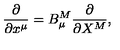
\frac { \partial } { \partial x ^ { \mu } } = B _ { \mu } ^ { M } \frac { \partial } { \partial X ^ { M } } ,